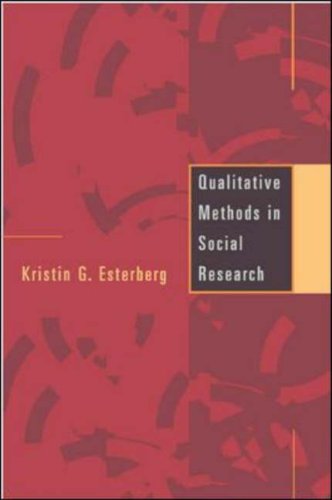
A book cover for Qualitative Methods in Social Research; Kristin G Esterberg; Medical Books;